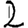
Digit: 2